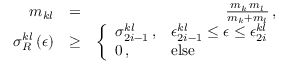
\begin{array} { r l r } { m _ { k l } } & { = } & { \frac { m _ { k } \, m _ { l } } { m _ { k } + m _ { l } } \, , } \\ { \sigma _ { R } ^ { k l } \left( \epsilon \right) } & { \ge } & { \left\{ \begin{array} { l l } { \sigma _ { 2 i - 1 } ^ { k l } \, , } & { \epsilon _ { 2 i - 1 } ^ { k l } \le \epsilon \le \epsilon _ { 2 i } ^ { k l } } \\ { 0 \, , } & { \mathrm { e l s e } } \end{array} \right. } \end{array}